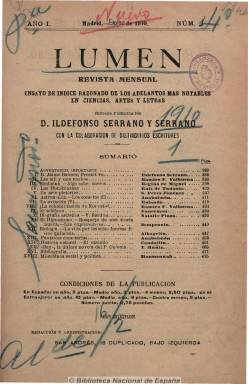
Título: Lumen (Madrid. 1910)
Colección: Cultura
Ámbito geográfico: Madrid
Lugar de publicación: Madrid
Fechas: 01/01/1910-31/12/1911

Revista mensual subtitulada “ensayo de índice razonado de los adelantos más notables en ciencias, artes y letras”, que el sacerdote y periodista Ildefonso Serrano y Serrano (1860-1935) fundó y dirigió durante dos años para los sacerdotes católicos con apetitos intelectuales y conocimientos científicos. Con números de un centenar de páginas publica artículos de historia, arte, biografía, psicología, sociología, filosofía, teatro, economía, biología, agricultura, astronomía, historia natural, teatro, física, teología, etc. También una miscelánea social y política, en la que comenta los acontecimientos internacionales y españoles, y anotaciones sobre el movimiento científico y literario. Inserta alguna fotografía. Al final de cada año, publica un índice de materias.